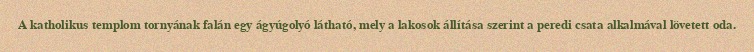
A katholikus templom tornyának falán egy ágyúgolyó látható, mely a lakosok állítása szerint a peredi csata alkalmával lövetett oda.